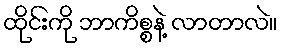
ထိုင်းကို ဘာကိစ္စနဲ့ လာတာလဲ။